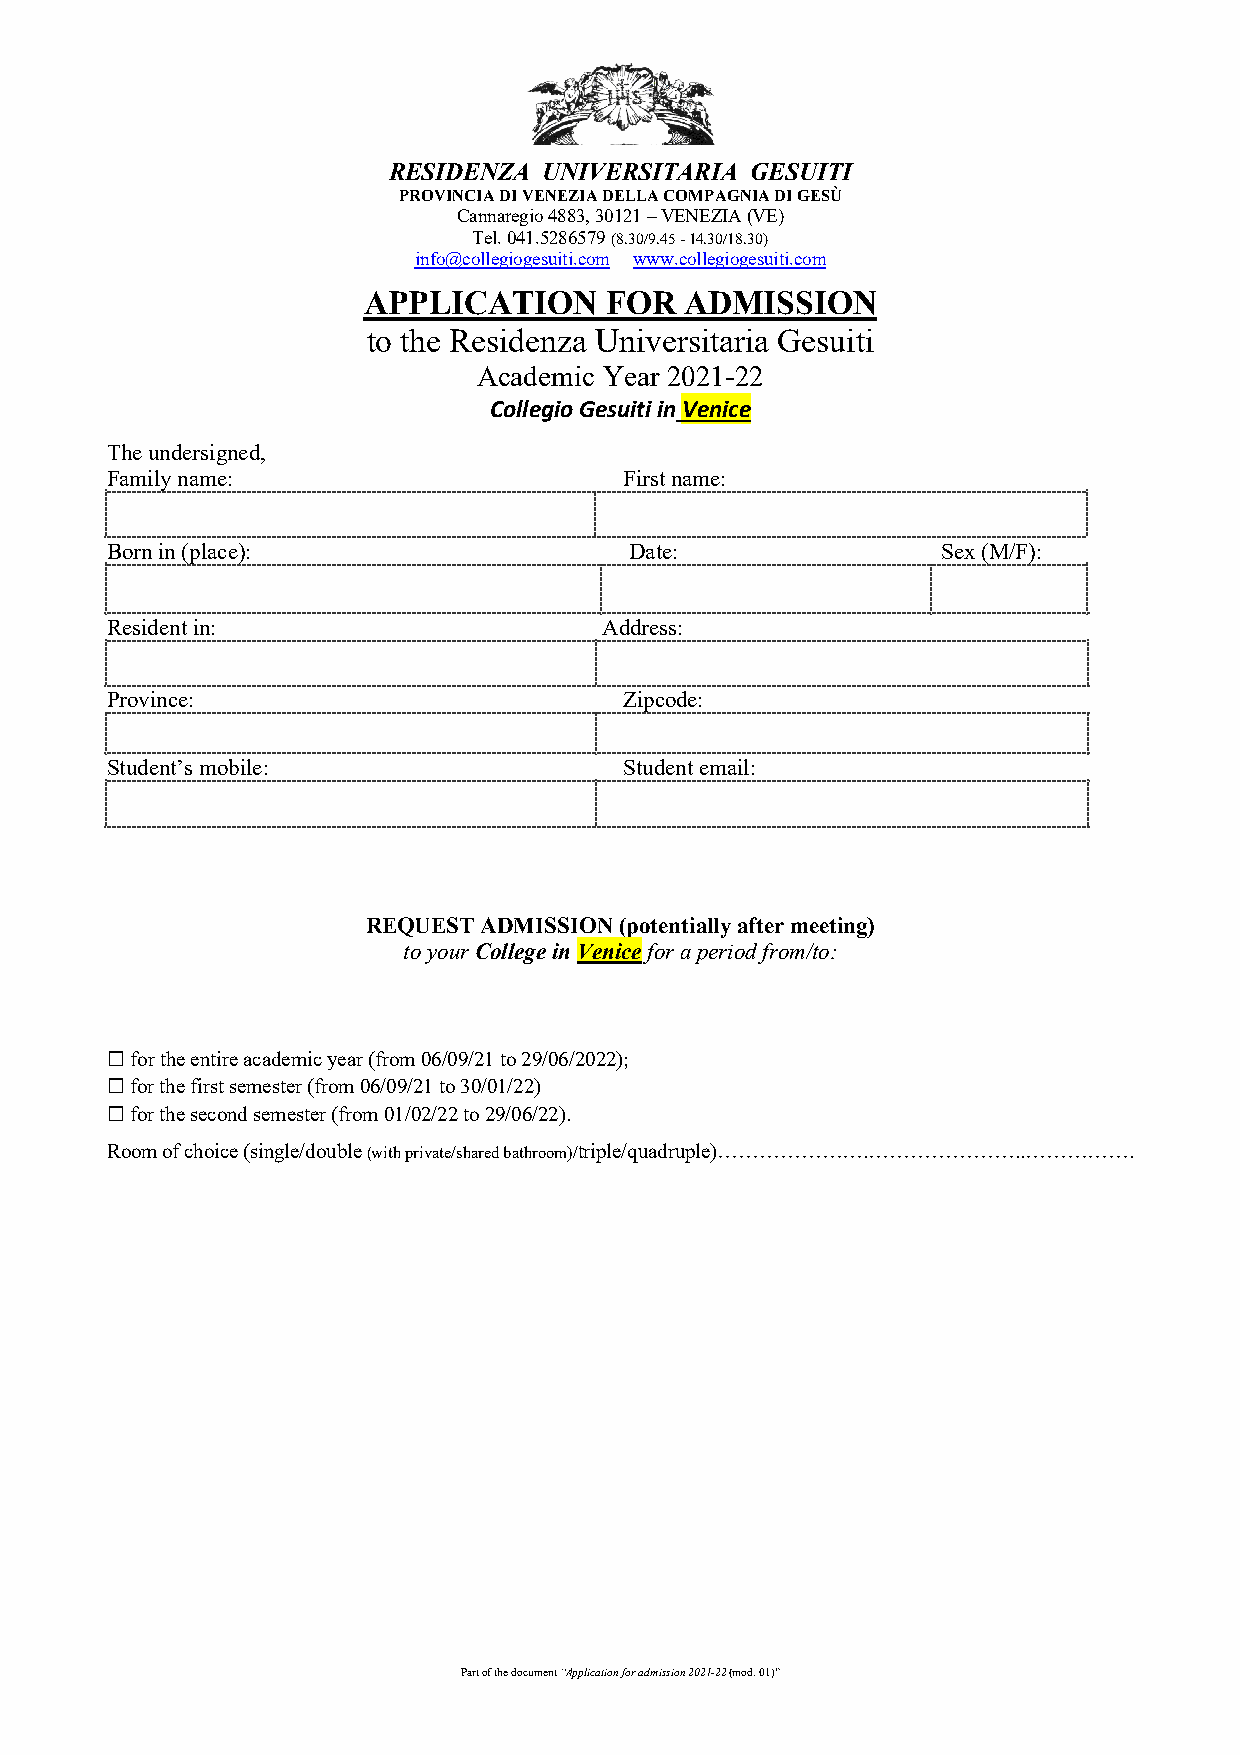
RESIDENZA UNIVERSITARIA GESUITI
 PROVINCIA DI VENEZIA DELLA COMPAGNIA DI GESÙ
 Cannaregio 4883, 30121 – VENEZIA (VE)
 Tel. 041.5286579 (8.30/9.45 - 14.30/18.30)
 info@collegiogesuiti.com www.collegiogesuiti.com
 APPLICATION     FOR  ADMISSION
 to the Residenza Universitaria Gesuiti
 Academic Year 2021-22
 Collegio Gesuiti in Venice
 The undersigned,
 Family name:                      First name:
 Born in (place):                   Date:               Sex (M/F):
 Resident in:                     Address:
 Province:                         Zipcode:
 Student’s mobile:                 Student email:
 REQUEST ADMISSION (potentially after meeting)
 to your College in Venice for a period from/to:
 ☐ for the entire academic year (from 06/09/21 to 29/06/2022);
 ☐ for the first semester (from 06/09/21 to 30/01/22)
 ☐ for the second semester (from 01/02/22 to 29/06/22).
 Room of choice (single/double (with private/shared bathroom)/triple/quadruple)………………….…………………..…………….
 Part of the document “Application for admission 2021-22 (mod. 01)”